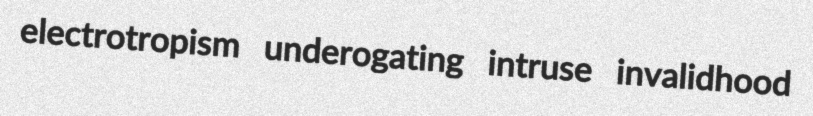
electrotropism underogating intruse invalidhood